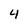
Character: 4